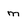
Character: m